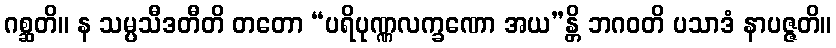
ဂစ္ဆတိ။ န သမ္ပသီဒတီတိ တတော “ပရိပုဏ္ဏလက္ခဏော အယ”န္တိ ဘဂဝတိ ပသာဒံ နာပဇ္ဇတိ။